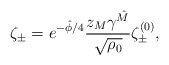
\begin{align*}{\zeta_{\pm} = e^{-\hat\phi/4} {z_{M} \gamma^{\hat M} \over \sqrt{\rho_0}} \zeta^{(0)}_{\pm}, }\end{align*}